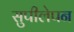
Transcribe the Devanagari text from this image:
सुपीलेपन